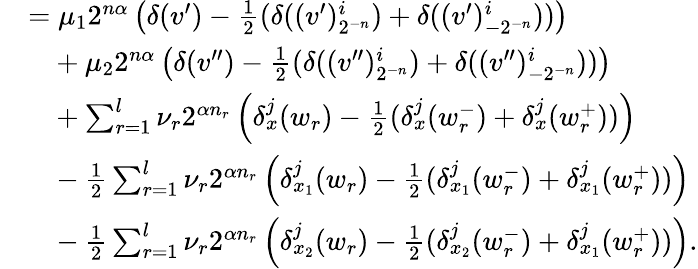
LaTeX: \begin{array}{rl}&{=\mu_{1}2^{n\alpha}\left(\delta(v^{\prime})-\frac 12(\delta((v^{\prime})_{2^{-n}}^{i})+\delta((v^{\prime})_{-2^{-n}}^{i}))\right)}\\ &{\phantom{=}+\mu_{2}2^{n\alpha}\left(\delta(v^{\prime\prime})-\frac 12(\delta((v^{\prime\prime})_{2^{-n}}^{i})+\delta((v^{\prime\prime})_{-2^{-n}}^{i}))\right)}\\ &{\phantom{=}+\sum_{r=1}^{l}\nu_{r}2^{\alpha n_{r}}\left(\delta_{x}^{j}(w_{r})-\frac 12(\delta_{x}^{j}(w_{r}^{-})+\delta_{x}^{j}(w_{r}^{+}))\right)}\\ &{\phantom{=}-\frac 12\sum_{r=1}^{l}\nu_{r}2^{\alpha n_{r}}\left(\delta_{x_{1}}^{j}(w_{r})-\frac 12(\delta_{x_{1}}^{j}(w_{r}^{-})+\delta_{x_{1}}^{j}(w_{r}^{+}))\right)}\\ &{\phantom{=}-\frac 12\sum_{r=1}^{l}\nu_{r}2^{\alpha n_{r}}\left(\delta_{x_{2}}^{j}(w_{r})-\frac 12(\delta_{x_{2}}^{j}(w_{r}^{-})+\delta_{x_{1}}^{j}(w_{r}^{+}))\right)\mathrm{.}}\end{array}